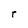
Character: r